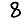
Digit: 8